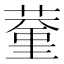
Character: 𦸨